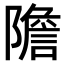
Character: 𨼮